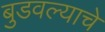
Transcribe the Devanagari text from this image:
बुडवल्याचे